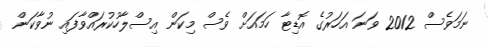
ނަމަވެސް 2012 ވަނަ އަހަރުގެ އޮޑިޓާ ހަމައަށް ވެސް މިކަން އިސްލާހުކުރައްވާފައި ނުވާކަން